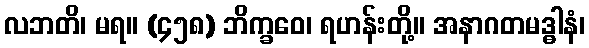
လဘတိ၊ မရ။ (၄၅၈) ဘိက္ခဝေ၊ ရဟန်းတို့။ အနာဂတမဒ္ဓါနံ၊